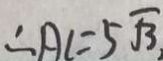
\therefore A C = 5 \sqrt { 3 } ,